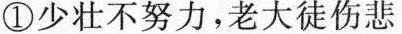
①少年不努力，老大徒伤悲